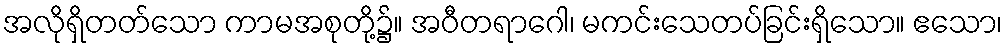
အလိုရှိတတ်သော ကာမအစုတို့၌။ အဝီတရာဂေါ၊ မကင်းသေတပ်ခြင်းရှိသော။ ဧသော၊